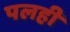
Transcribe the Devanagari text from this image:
पलही